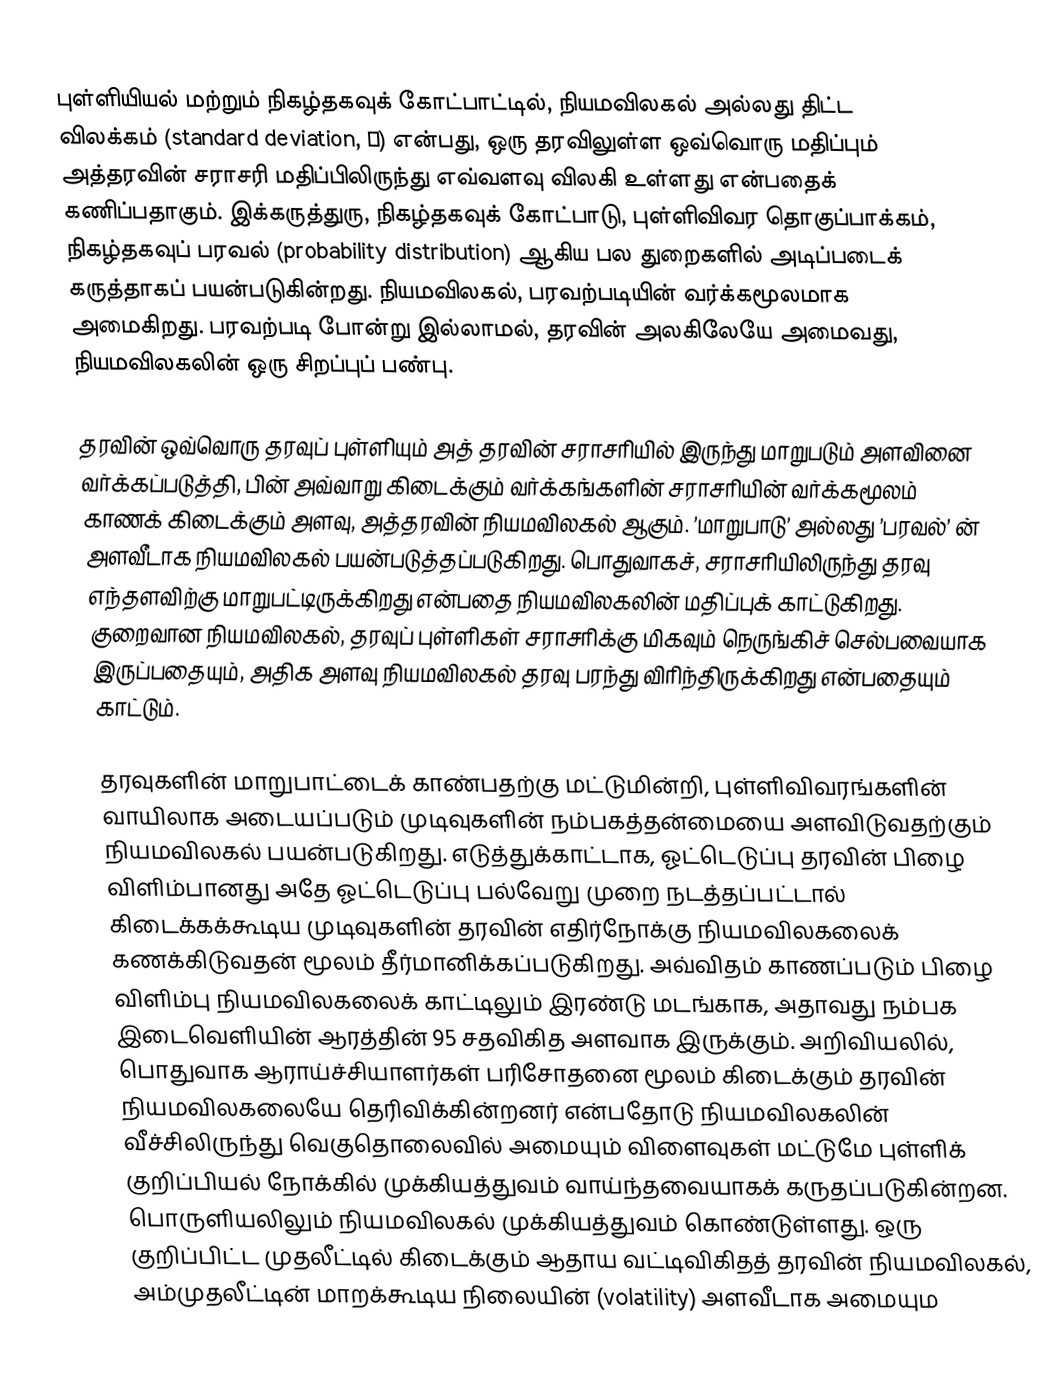
புள்ளியியல் மற்றும் நிகழ்தகவுக் கோட்பாட்டில், நியமவிலகல் அல்லது திட்ட விலக்கம் (standard deviation, σ) என்பது, ஒரு தரவிலுள்ள  ஒவ்வொரு மதிப்பும் அத்தரவின் சராசரி மதிப்பிலிருந்து எவ்வளவு விலகி உள்ளது என்பதைக் கணிப்பதாகும். இக்கருத்துரு, நிகழ்தகவுக் கோட்பாடு, புள்ளிவிவர தொகுப்பாக்கம், நிகழ்தகவுப் பரவல் (probability distribution) ஆகிய பல துறைகளில் அடிப்படைக் கருத்தாகப் பயன்படுகின்றது. நியமவிலகல், பரவற்படியின் வர்க்கமூலமாக அமைகிறது. பரவற்படி போன்று இல்லாமல், தரவின் அலகிலேயே அமைவது, நியமவிலகலின் ஒரு சிறப்புப் பண்பு.

தரவின் ஒவ்வொரு தரவுப் புள்ளியும் அத் தரவின் சராசரியில் இருந்து மாறுபடும் அளவினை வர்க்கப்படுத்தி, பின் அவ்வாறு கிடைக்கும் வர்க்கங்களின் சராசரியின் வர்க்கமூலம் காணக் கிடைக்கும் அளவு, அத்தரவின் நியமவிலகல் ஆகும். ’மாறுபாடு’ அல்லது ’பரவல்’ ன் அளவீடாக நியமவிலகல் பயன்படுத்தப்படுகிறது. பொதுவாகச், சராசரியிலிருந்து தரவு எந்தளவிற்கு மாறுபட்டிருக்கிறது என்பதை நியமவிலகலின் மதிப்புக் காட்டுகிறது. குறைவான நியமவிலகல், தரவுப் புள்ளிகள் சராசரிக்கு மிகவும் நெருங்கிச் செல்பவையாக இருப்பதையும், அதிக அளவு நியமவிலகல் தரவு பரந்து விரிந்திருக்கிறது என்பதையும் காட்டும்.

தரவுகளின் மாறுபாட்டைக் காண்பதற்கு மட்டுமின்றி, புள்ளிவிவரங்களின் வாயிலாக அடையப்படும் முடிவுகளின் நம்பகத்தன்மையை அளவிடுவதற்கும் நியமவிலகல் பயன்படுகிறது. எடுத்துக்காட்டாக, ஓட்டெடுப்பு தரவின் பிழை விளிம்பானது அதே ஓட்டெடுப்பு பல்வேறு முறை நடத்தப்பட்டால் கிடைக்கக்கூடிய முடிவுகளின் தரவின் எதிர்நோக்கு நியமவிலகலைக் கணக்கிடுவதன் மூலம் தீர்மானிக்கப்படுகிறது. அவ்விதம் காணப்படும் பிழை விளிம்பு நியமவிலகலைக் காட்டிலும் இரண்டு மடங்காக, அதாவது நம்பக இடைவெளியின் ஆரத்தின் 95 சதவிகித அளவாக இருக்கும். அறிவியலில், பொதுவாக ஆராய்ச்சியாளர்கள் பரிசோதனை மூலம் கிடைக்கும் தரவின் நியமவிலகலையே தெரிவிக்கின்றனர் என்பதோடு நியமவிலகலின் வீச்சிலிருந்து வெகுதொலைவில் அமையும் விளைவுகள் மட்டுமே புள்ளிக் குறிப்பியல் நோக்கில் முக்கியத்துவம் வாய்ந்தவையாகக் கருதப்படுகின்றன. பொருளியலிலும் நியமவிலகல் முக்கியத்துவம் கொண்டுள்ளது. ஒரு குறிப்பிட்ட முதலீட்டில் கிடைக்கும் ஆதாய வட்டிவிகிதத் தரவின் நியமவிலகல், அம்முதலீட்டின் மாறக்கூடிய நிலையின் (volatility) அளவீடாக அமையும